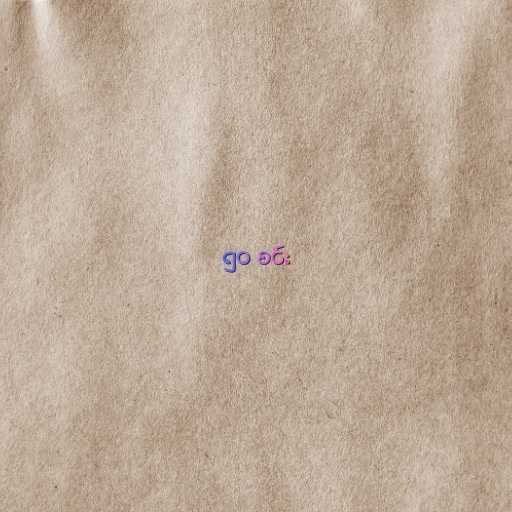
၅၀ စင်း